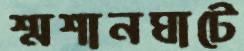
শ্মশানঘাটে